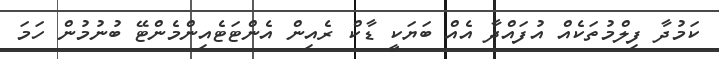
ކަމުދާ ފިލްމުތަކެއް އުފައްދާ އެއް ބަޔަކީ ޑާކް ރެއިން އެންޓަޓެއިންމެންޓޭ ބުނުމުން ހަމަ